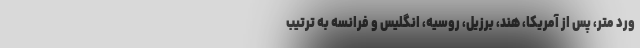
ورد متر، پس از آمریکا، هند، برزیل، روسیه، انگلیس و فرانسه به ترتیب